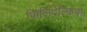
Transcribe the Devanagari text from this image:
फिलिदेल्फिया